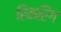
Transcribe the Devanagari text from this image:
रिकरिंग